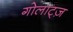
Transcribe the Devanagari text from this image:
गोलाट्ज़